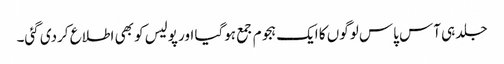
جلد ہی آس پاس لوگوں کا ایک ہجوم جمع ہوگیا اور پولیس کو بھی اطلاع کردی گئی۔